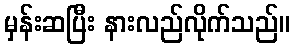
မှန်းဆပြီး နားလည်လိုက်သည်။